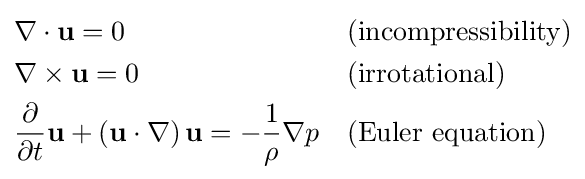
{\begin{aligned}&\mathbf {\nabla } \cdot \mathbf {u} =0&&{\text{(incompressibility)}}\\&\mathbf {\nabla } \times \mathbf {u} =0&&{\text{(irrotational)}}\\&{\frac {\partial }{\partial t}}\mathbf {u} +\left(\mathbf {u} \cdot \mathbf {\nabla } \right)\mathbf {u} =-{\frac {1}{\rho }}\mathbf {\nabla } p&&{\text{(Euler equation)}}\end{aligned}}